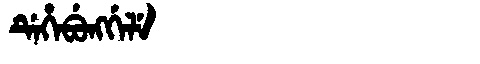
Manchu: ᡩᡝᡥᡝᠪᡠᠩᡤᡝᠯᡝ
Romanization: DEHEBUNGGELE